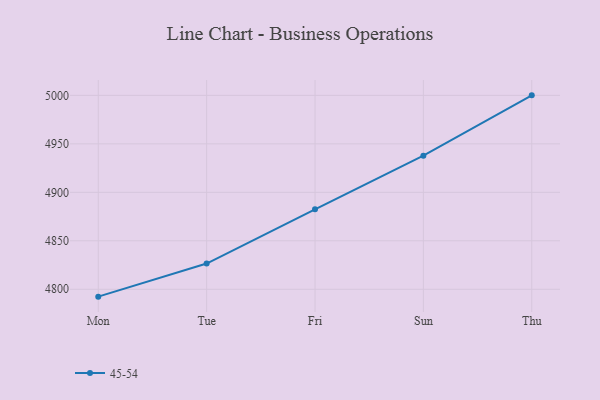
{"axis": {"x": "Day", "y": "Demand Index"}, "legend": ["45-54"], "data": [{"x": "Mon", "y": 4792.4, "type": "45-54"}, {"x": "Tue", "y": 4826.5, "type": "45-54"}, {"x": "Fri", "y": 4882.5, "type": "45-54"}, {"x": "Sun", "y": 4937.8, "type": "45-54"}, {"x": "Thu", "y": 5000, "type": "45-54"}]}